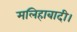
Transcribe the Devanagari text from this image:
मलिहाबादी।